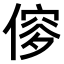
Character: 𠌌